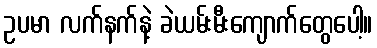
ဥပမာ လက်နက်နဲ့ ခဲယမ်းမီးကျောက်တွေပေါ့။